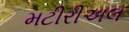
મટીરીઅલ